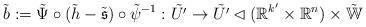
LaTeX: \begin{align*} \tilde{b} := \tilde{\Psi} \circ (\tilde{h} - \tilde{\mathfrak{s}}) \circ \tilde{\psi}^{-1} : \tilde{U'} \rightarrow \tilde{U'} \lhd (\mathbb{R}^{k'} \times \mathbb{R}^n) \times \tilde{\mathbb{W}}\end{align*}